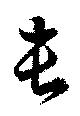
長